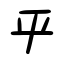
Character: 乎